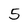
Character: 5